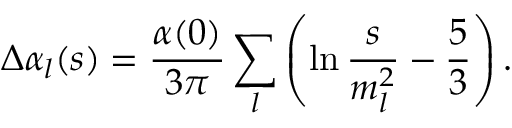
\Delta \alpha _ { l } ( s ) = { \frac { \alpha ( 0 ) } { 3 \pi } } \sum _ { l } \left( \ln { \frac { s } { m _ { l } ^ { 2 } } } - { \frac { 5 } { 3 } } \right) .